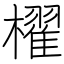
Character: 櫂